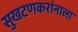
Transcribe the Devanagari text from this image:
सुखटणकरांनाला